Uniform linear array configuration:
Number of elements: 8
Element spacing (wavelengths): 0.5
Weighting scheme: binomial
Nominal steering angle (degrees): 15
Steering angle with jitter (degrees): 16.272
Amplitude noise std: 0.05
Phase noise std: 0.05

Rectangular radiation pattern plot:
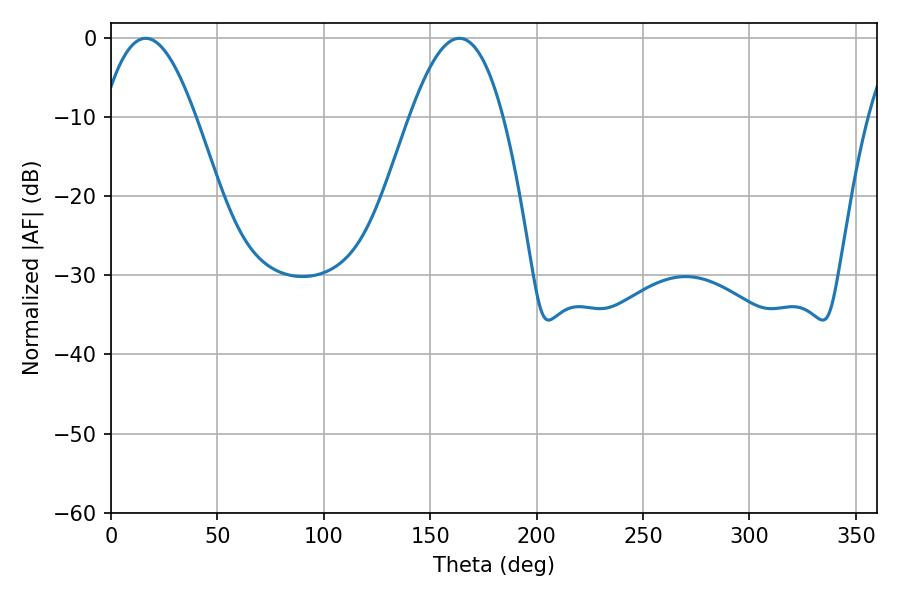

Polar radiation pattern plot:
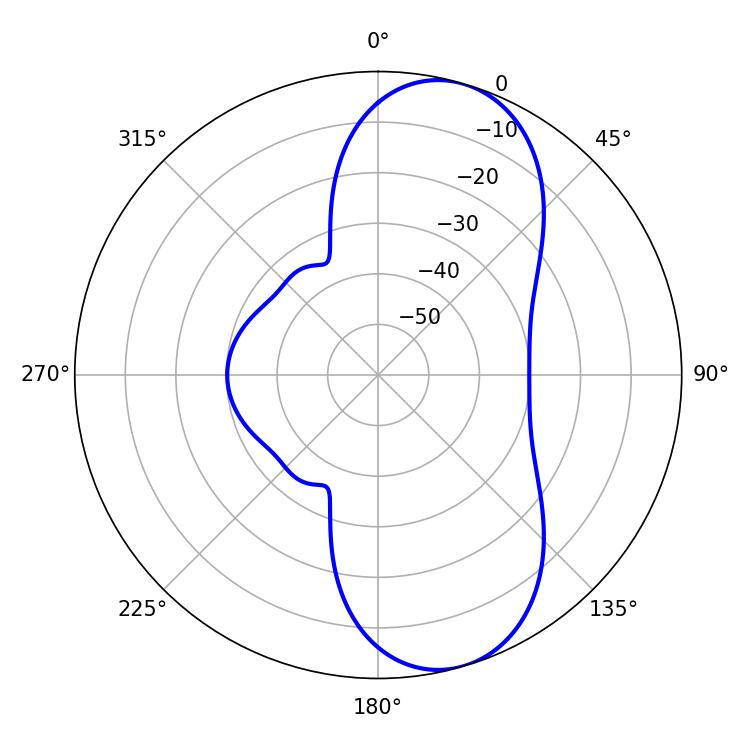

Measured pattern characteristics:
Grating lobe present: FALSE
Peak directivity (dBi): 8.773
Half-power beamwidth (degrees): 23.76
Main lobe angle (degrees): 16.38